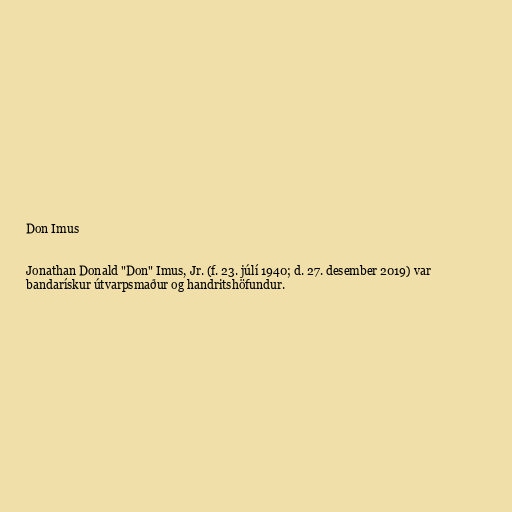
Don Imus

Jonathan Donald "Don" Imus, Jr. (f. 23. júlí 1940; d. 27. desember 2019) var
bandarískur útvarpsmaður og handritshöfundur.